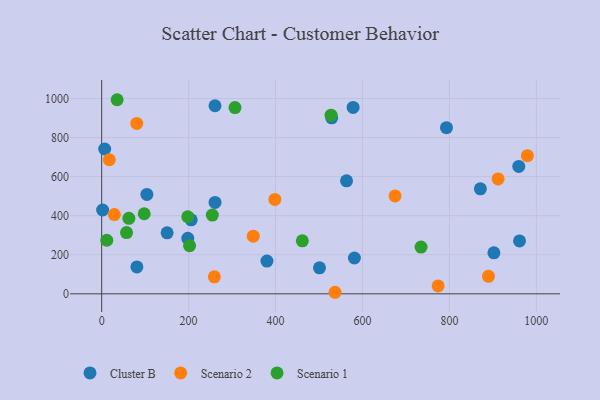
{"axis": {"x": "Investment", "y": "Sales"}, "legend": ["Cluster B", "Scenario 1", "Scenario 2"], "data": [{"x": "2.2", "y": 429.2, "type": "Cluster B"}, {"x": "380.2", "y": 167.9, "type": "Cluster B"}, {"x": "198.1", "y": 284.1, "type": "Cluster B"}, {"x": "260.8", "y": 468.1, "type": "Cluster B"}, {"x": "150.6", "y": 312.4, "type": "Cluster B"}, {"x": "529.2", "y": 901.3, "type": "Cluster B"}, {"x": "563.3", "y": 578.4, "type": "Cluster B"}, {"x": "902.3", "y": 209.8, "type": "Cluster B"}, {"x": "206.0", "y": 379.0, "type": "Cluster B"}, {"x": "871.2", "y": 537.6, "type": "Cluster B"}, {"x": "578.4", "y": 954.6, "type": "Cluster B"}, {"x": "959.5", "y": 652.2, "type": "Cluster B"}, {"x": "793.2", "y": 850.9, "type": "Cluster B"}, {"x": "961.2", "y": 270.8, "type": "Cluster B"}, {"x": "581.4", "y": 183.5, "type": "Cluster B"}, {"x": "260.7", "y": 962.9, "type": "Cluster B"}, {"x": "104.0", "y": 509.1, "type": "Cluster B"}, {"x": "6.9", "y": 741.5, "type": "Cluster B"}, {"x": "501.1", "y": 133.1, "type": "Cluster B"}, {"x": "81.0", "y": 137.9, "type": "Cluster B"}, {"x": "17.6", "y": 686.6, "type": "Scenario 2"}, {"x": "29.1", "y": 405.8, "type": "Scenario 2"}, {"x": "912.0", "y": 588.1, "type": "Scenario 2"}, {"x": "80.7", "y": 872.7, "type": "Scenario 2"}, {"x": "889.7", "y": 89.9, "type": "Scenario 2"}, {"x": "536.9", "y": 8.0, "type": "Scenario 2"}, {"x": "348.7", "y": 295.2, "type": "Scenario 2"}, {"x": "979.3", "y": 707.6, "type": "Scenario 2"}, {"x": "398.4", "y": 483.2, "type": "Scenario 2"}, {"x": "674.9", "y": 501.2, "type": "Scenario 2"}, {"x": "259.3", "y": 87.1, "type": "Scenario 2"}, {"x": "774.0", "y": 40.3, "type": "Scenario 2"}, {"x": "57.2", "y": 313.7, "type": "Scenario 1"}, {"x": "527.7", "y": 914.8, "type": "Scenario 1"}, {"x": "35.6", "y": 993.8, "type": "Scenario 1"}, {"x": "97.9", "y": 409.9, "type": "Scenario 1"}, {"x": "461.6", "y": 271.4, "type": "Scenario 1"}, {"x": "254.6", "y": 403.0, "type": "Scenario 1"}, {"x": "198.0", "y": 394.6, "type": "Scenario 1"}, {"x": "11.8", "y": 274.3, "type": "Scenario 1"}, {"x": "202.2", "y": 246.5, "type": "Scenario 1"}, {"x": "306.7", "y": 953.8, "type": "Scenario 1"}, {"x": "62.6", "y": 386.6, "type": "Scenario 1"}, {"x": "734.7", "y": 239.6, "type": "Scenario 1"}]}